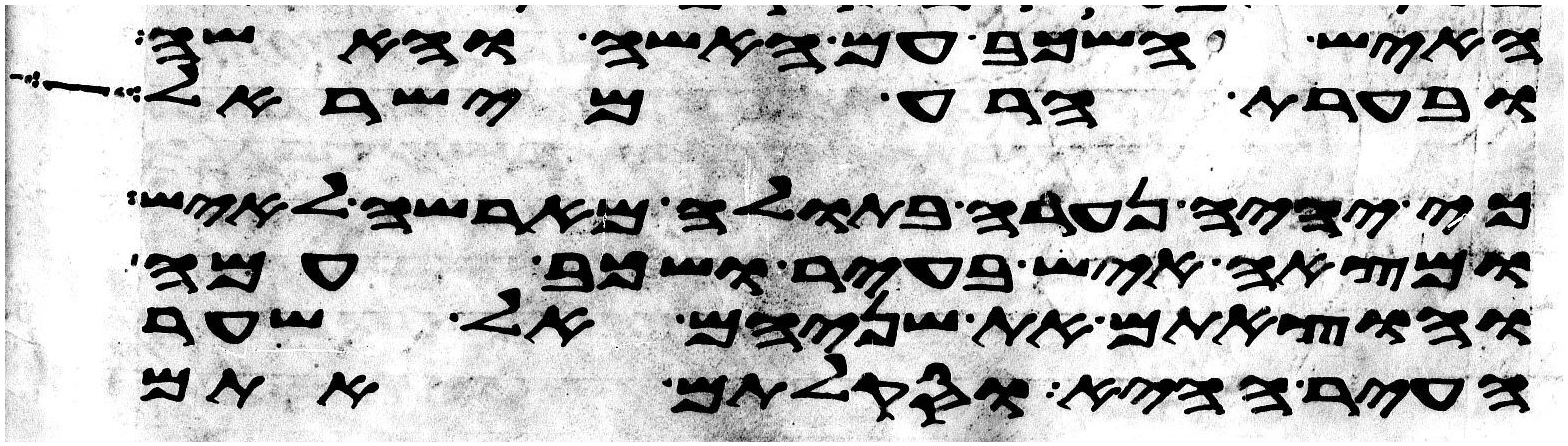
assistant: האיש השכב עם האשה והאשה
ובערת הרע מישראל וכל
כי יהיה נערה בתולה מארשה לאיש
ומצאה איש בעיר ושכב עמה
והוצאתם את שניהם אל שער
העיר ההיא וסקלתם אתם